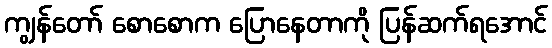
ကျွန်တော် စောစောက ပြောနေတာကို ပြန်ဆက်ရအောင်